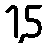
1,5